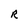
Character: R